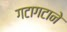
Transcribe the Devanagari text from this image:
गटागटाने